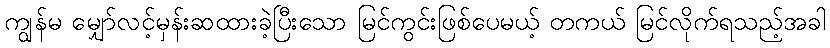
ကျွန်မ မျှော်လင့်မှန်းဆထားခဲ့ပြီးသော မြင်ကွင်းဖြစ်ပေမယ့် တကယ် မြင်လိုက်ရသည့်အခါ